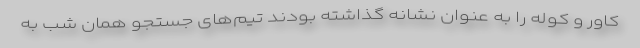
کاور و کوله را به عنوان نشانه گذاشته بودند تیم‌های جستجو همان شب به